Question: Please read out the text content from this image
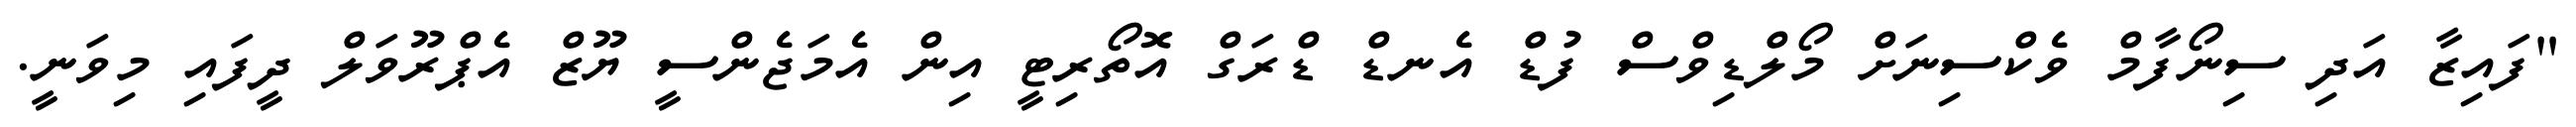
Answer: "ފައިޒާ އަދި ސިނޯފާމް ވެކްސިނަށް މޯލްޑިވްސް ފުޑް އެނޑް ޑްރަގް އޮތޯރިޓީ އިން އެމަޖެންސީ ޔޫޒް އެޕްރޫވަލް ދީފައި މިވަނީ.